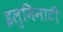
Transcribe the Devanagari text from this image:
इलुमिनाटी